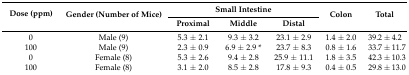
| <ROWSPAN=2> Dose (ppm) | <ROWSPAN=2> Gender (Number of Mice) | <COLSPAN=3> Small Intestine | <ROWSPAN=2> Colon | <ROWSPAN=2> Total |
 | Proximal | Middle | Distal |
 | --- | --- | --- | --- | --- | --- | --- |
 | 0 | Male (9) | 5.3 ± 2.1 | 9.3 ± 3.2 | 23.1 ± 2.9 | 1.4 ± 2.0 | 39.2 ± 4.2 |
 | 100 | Male (9) | 2.3 ± 0.9 | 6.9 ± 2.9 * | 23.7 ± 8.3 | 0.8 ± 1.6 | 33.7 ± 11.7 |
 | 0 | Female (8) | 5.3 ± 2.6 | 9.4 ± 2.8 | 25.9 ± 11.1 | 1.8 ± 3.5 | 42.3 ± 10.3 |
 | 100 | Female (8) | 3.1 ± 2.0 | 8.5 ± 2.8 | 17.8 ± 9.3 | 0.4 ± 0.5 | 29.8 ± 13.0 |